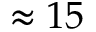
\approx 1 5